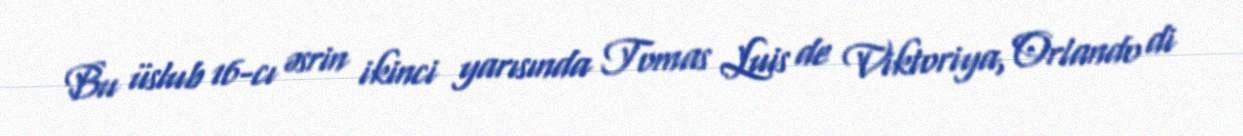
Bu üslub 16-cı əsrin ikinci yarısında Tomas Luis de Viktoriya, Orlando di